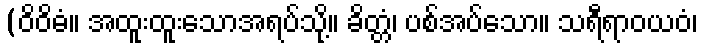
(ဝိဝိဓံ။ အထူးထူးသောအရပ်သို့။ ခိတ္တံ၊ ပစ်အပ်သော။ သရီရာဝယဝံ၊